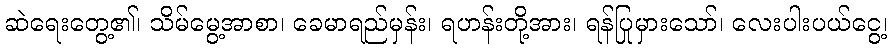
ဆဲရေးတွေ့၏၊ သိမ်မွေ့အာစာ၊ ခေမာရည်မှန်း၊ ရဟန်းတို့အား၊ ရန်ပြုမှားသော်၊ လေးပါးပယ်ငွေ့၊